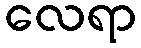
လေရာ